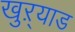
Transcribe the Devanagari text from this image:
खुऱ्याड